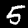
Digit: 5